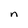
Character: n